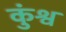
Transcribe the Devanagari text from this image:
कुंश्व